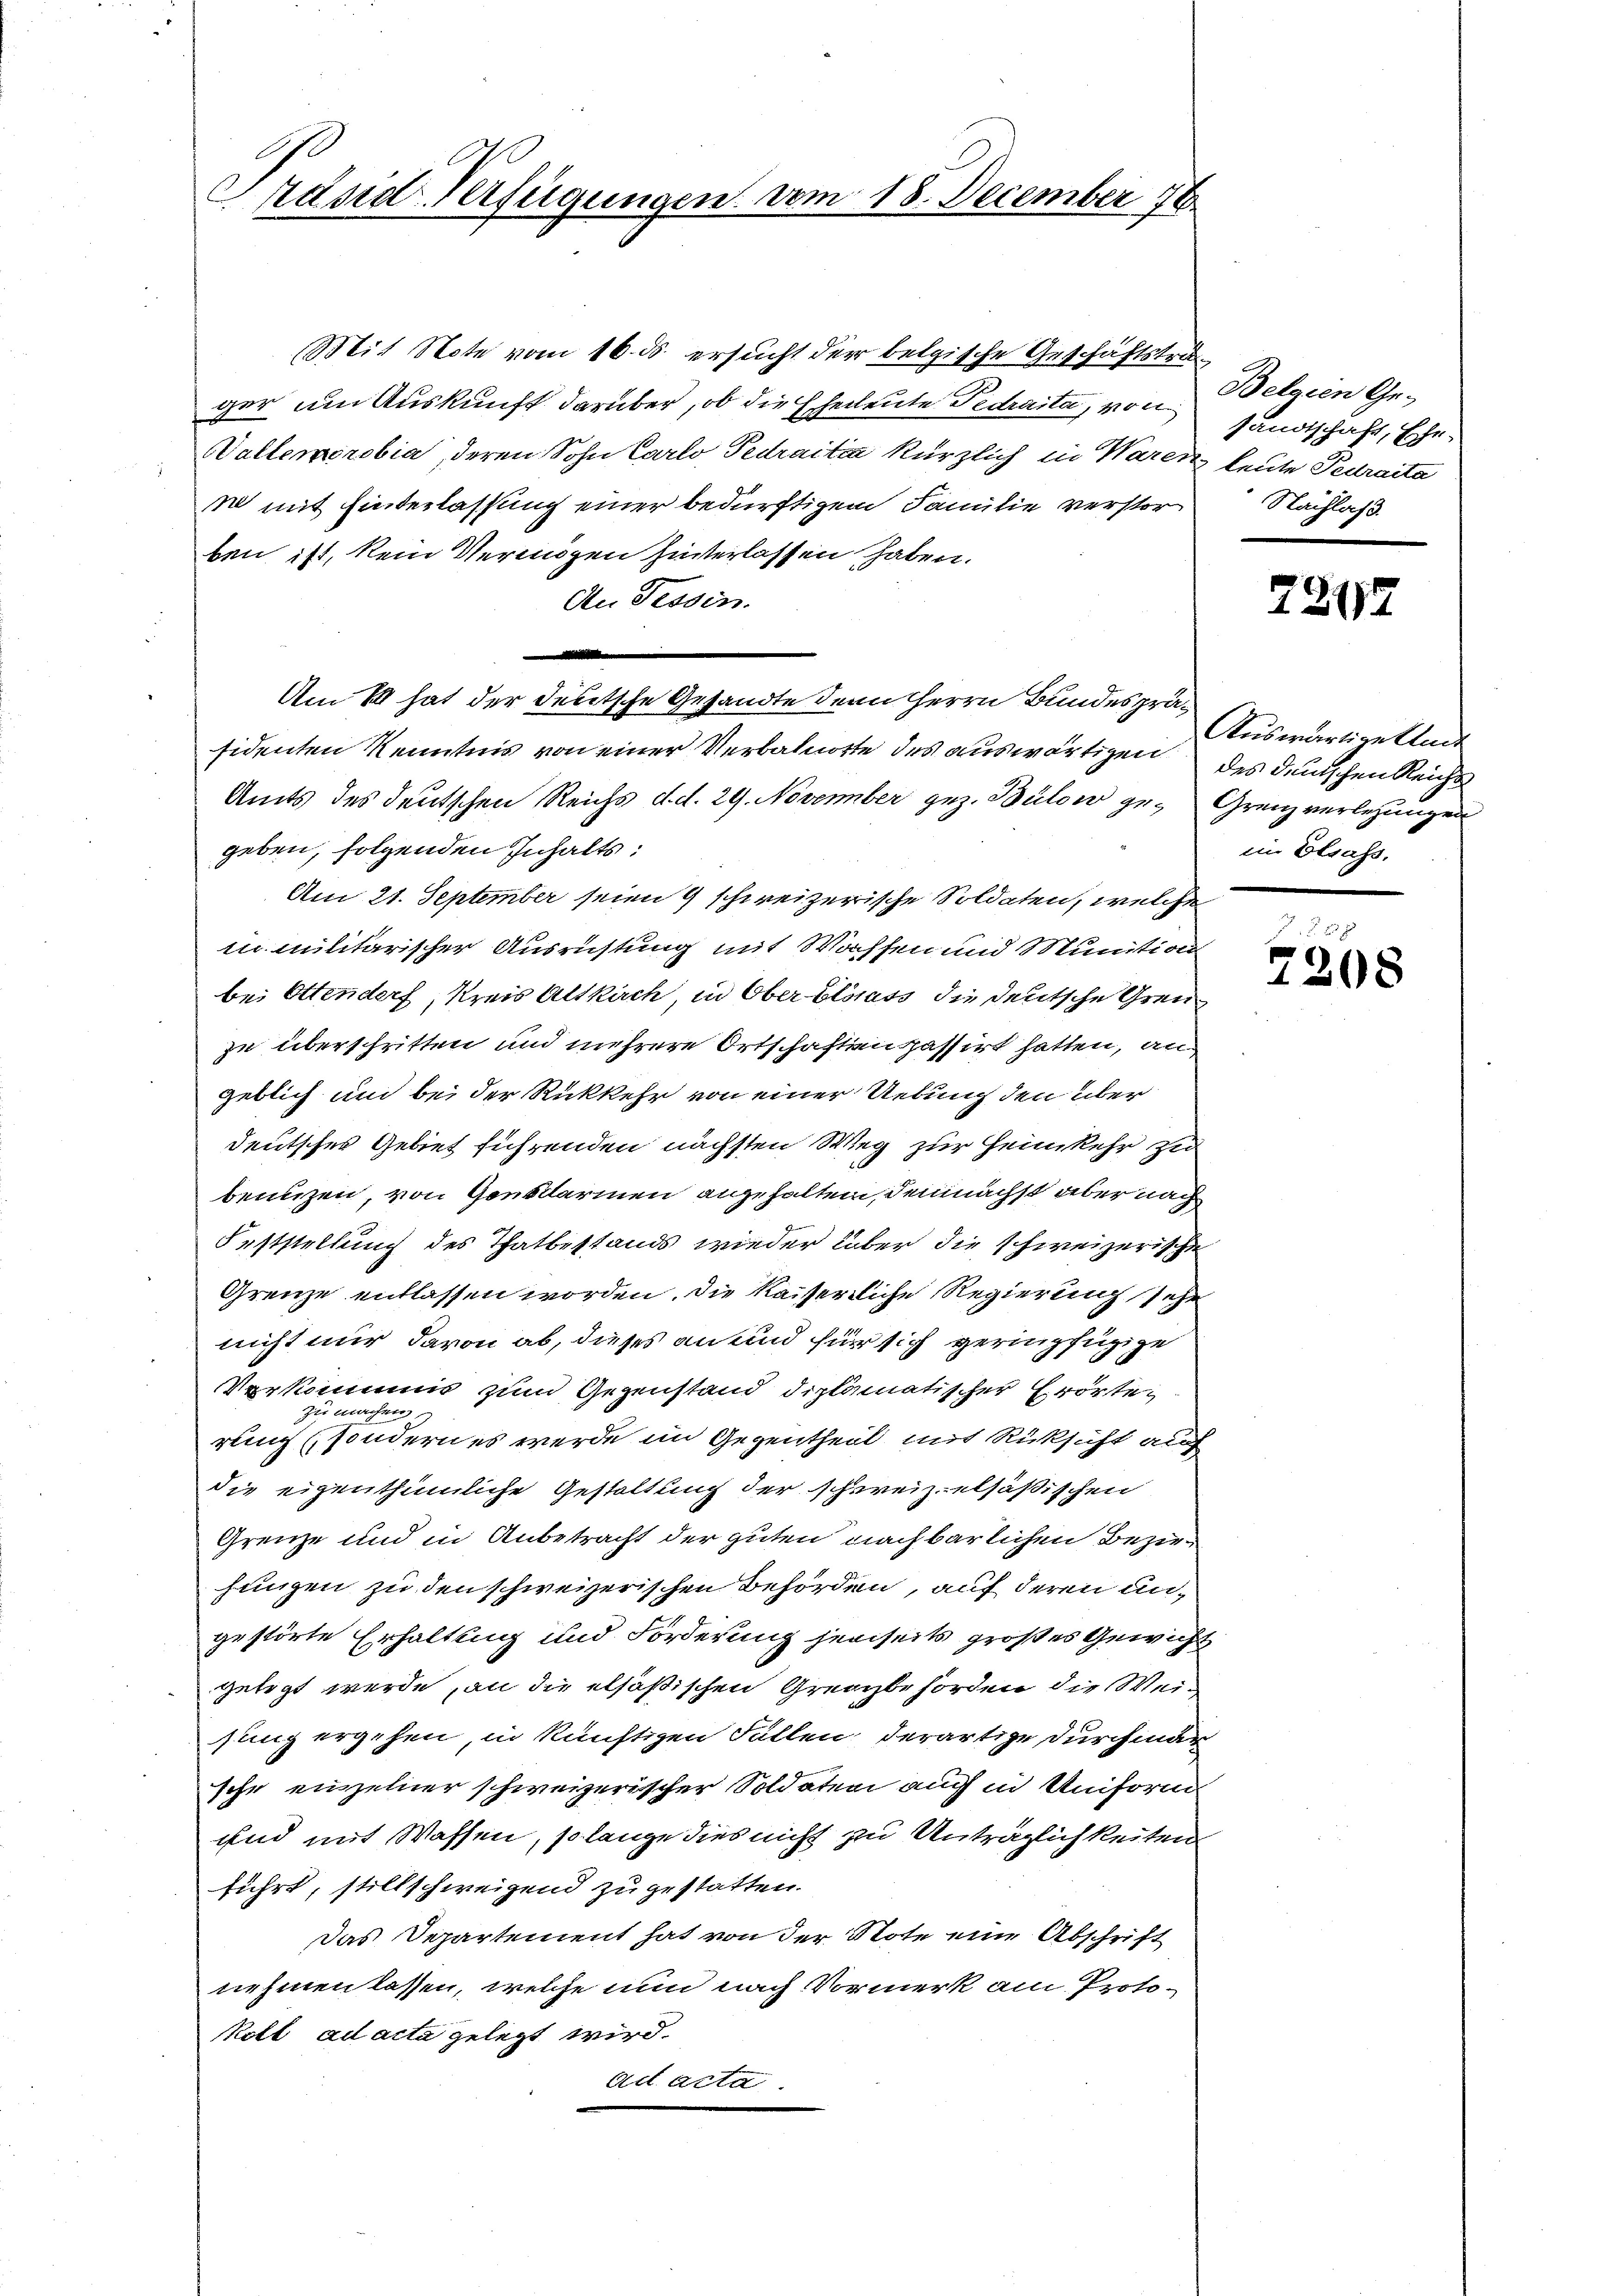
Präsid-Verfügungen vom 18. December 78

Mit Note vom 16. ds. ersucht der belgische Geschäftsteuger um Auskunft darüber, ob die Eheleute Fedraita, von Belgien Ge¬
Vallemorobia, deren Sohn Carlo Pedraitia kürzlich in Warenz heute Fedraita
w mit Hinderlassung einer bedürftigem Familie verstor
ben ist, kein Vermögen hinterlassen haben.
An Fessen.
.
sidenten Kenntnis von einer Verbahnorte des auswärtigen des deutschen Reichs
Amts des deutschen Reichs d.d. 29. November gez. Bülow ge- Grenz verlegungen
geben, folgenden Inhalts:
Am 21. September seien 9 schweizerische Soldaten, welche
in militarischer Ausrichtung mit Wachsen und Munition
bei Ottendorf, Kreis Altkirch, in Ober blosass die deutsche Grenzu überschritten und mehrere Ortschaftenpassirt hatten, an
geblich und bei der Rückkehr von einer Uebung den über
deutsches Gebiet führenden nächsten Weg zur Heimkehr zu
benuzen, von Gensdarmen angehalten, demnächst aber nach
Feststellung des Thatbestands wieder über die schweizerische
Grenze entlassen worden. Die Kaiserliche Regierung sehe
nicht nur davon ab, dieses an und für sich geringfügige
Vorkommis zum Gegenstand diplomatischer Erörtezu machen
rung (sondern es werde im Gegentheil mit Rüksicht auf
die eigenthümliche Gestaltung der schweiz elsäßischen
Grenze und in Anbetracht der guten nachbarlichen Beziehungen zu den schweizerischen Behörden, auf deren ungestörte Erhaltung und Forderung jenseits großes Gewicht
gelegt werde, an die elsäßischen Grenzbehörden die Weisung ergehen, in künftigen Fällen, derartige Durchmar
sche einzelner schweizerischer Soldaten auch in Uniform
und mit Wassen, so lange dies nicht zu Anträglichkeiten
führt, stillschweigend zugestatten.
Das Departement hat von der Note eine Abschrift
nehmen lassen, welche nun nach Vormerk am Protoell ad acta gelegt wird.
ad acta.

Am 18 hat der deutsche Gesandte den Herrn Bundesprä¬

sandtschaft, Ehe-
Nachlaß.

7207

Ausmurtiellen
eim Elsass,

7208